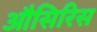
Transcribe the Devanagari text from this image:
औसिरिस